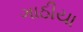
ગાઠીયા